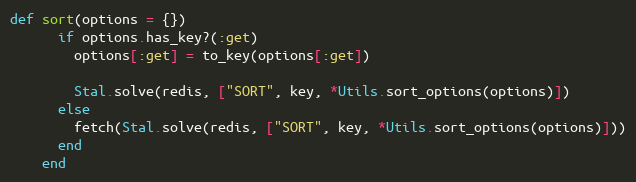
Language: Ruby
def sort(options = {})
      if options.has_key?(:get)
        options[:get] = to_key(options[:get])

        Stal.solve(redis, ["SORT", key, *Utils.sort_options(options)])
      else
        fetch(Stal.solve(redis, ["SORT", key, *Utils.sort_options(options)]))
      end
    end